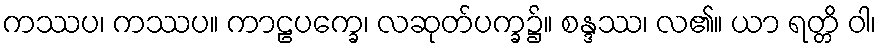
ကဿပ၊ ကဿပ။ ကာဠပက္ခေ၊ လဆုတ်ပက္ခ၌။ စန္ဒဿ၊ လ၏။ ယာ ရတ္တိ ဝါ၊